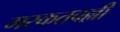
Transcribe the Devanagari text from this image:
मरकतवल्ली